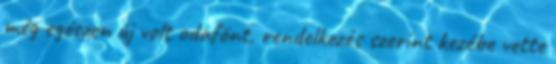
még egészen új volt odafönt, rendelkezés szerint kezébe vette